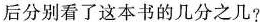
后分别看了这本书的几分之几?